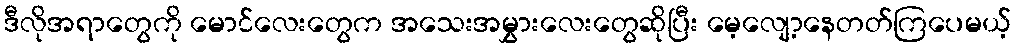
ဒီလိုအရာတွေကို မောင်လေးတွေက အသေးအမွှားလေးတွေဆိုပြီး မေ့လျော့နေတတ်ကြပေမယ့်